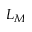
L _ { M }